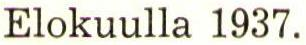
Elokuulla 1937.